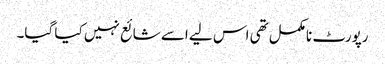
رپورٹ نامکمل تھی اس لیے اسے شائع نہیں کیا گیا۔